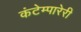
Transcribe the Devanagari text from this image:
कंटेम्पारेरी